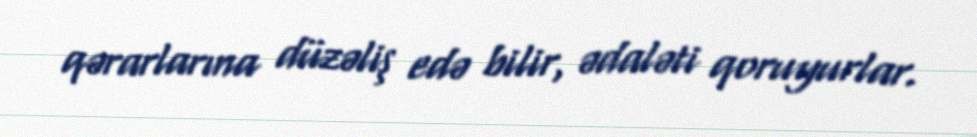
qərarlarına düzəliş edə bilir, ədaləti qoruyurlar.